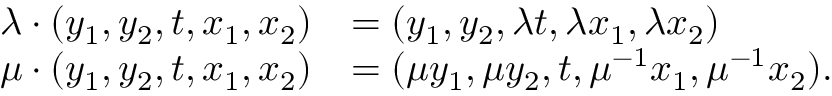
\begin{array} { r l } { \lambda \cdot ( y _ { 1 } , y _ { 2 } , t , x _ { 1 } , x _ { 2 } ) } & { = ( y _ { 1 } , y _ { 2 } , \lambda t , \lambda x _ { 1 } , \lambda x _ { 2 } ) } \\ { \mu \cdot ( y _ { 1 } , y _ { 2 } , t , x _ { 1 } , x _ { 2 } ) } & { = ( \mu y _ { 1 } , \mu y _ { 2 } , t , \mu ^ { - 1 } x _ { 1 } , \mu ^ { - 1 } x _ { 2 } ) . } \end{array}